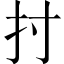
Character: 𢩭